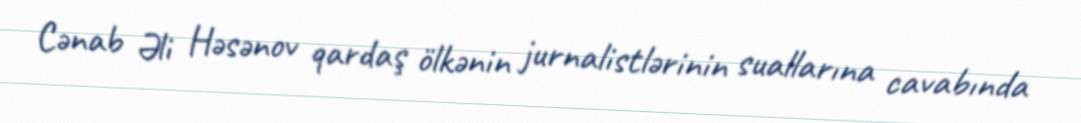
Cənab Əli Həsənov qardaş ölkənin jurnalistlərinin suallarına cavabında